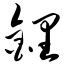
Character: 锂